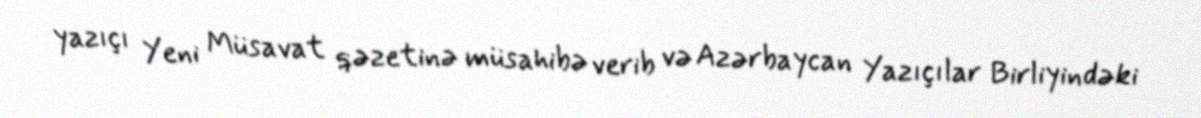
yazıçı Yeni Müsavat qəzetinə müsahibə verib və Azərbaycan Yazıçılar Birliyindəki